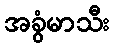
အခွံမာသီး